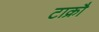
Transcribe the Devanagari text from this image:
टाक्रौ